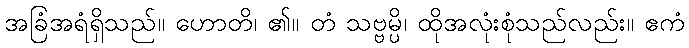
အခြံအရံရှိသည်။ ဟောတိ၊ ၏။ တံ သဗ္ဗမ္ပိ၊ ထိုအလုံးစုံသည်လည်း။ ဧကံ